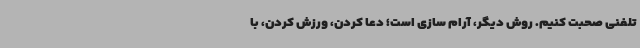
تلفنی صحبت کنیم. روش دیگر، آرام سازی است؛ دعا کردن، ورزش کردن، با